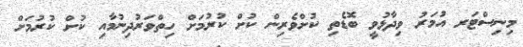
މިނިސްޓަރ އުމަރު ވިދާޅުވީ ބޮޑެތި ކުށްވެރިން ކުށް ކުރުމަށް ހިތްވަރުދިނުމާއި ކުށް ކުރުމަށް